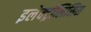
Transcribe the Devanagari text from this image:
इलेक्ट्रॉलिसिस